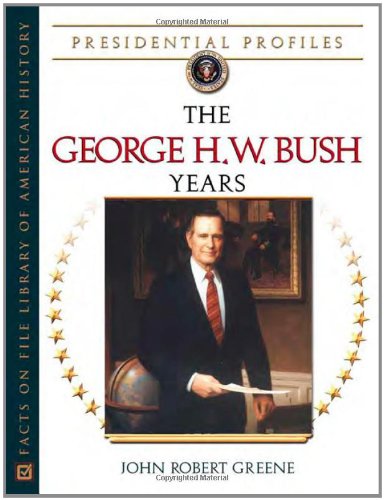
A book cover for The George H.W. Bush Years (Presidential Profiles); John Robert Greene; Teen & Young Adult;